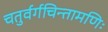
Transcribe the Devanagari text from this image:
चतुर्वर्गचिन्तामणिः